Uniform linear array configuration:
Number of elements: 4
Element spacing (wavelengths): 0.5
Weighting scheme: exponential
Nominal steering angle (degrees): -60
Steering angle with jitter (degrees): -60.112
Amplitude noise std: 0.05
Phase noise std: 0.05

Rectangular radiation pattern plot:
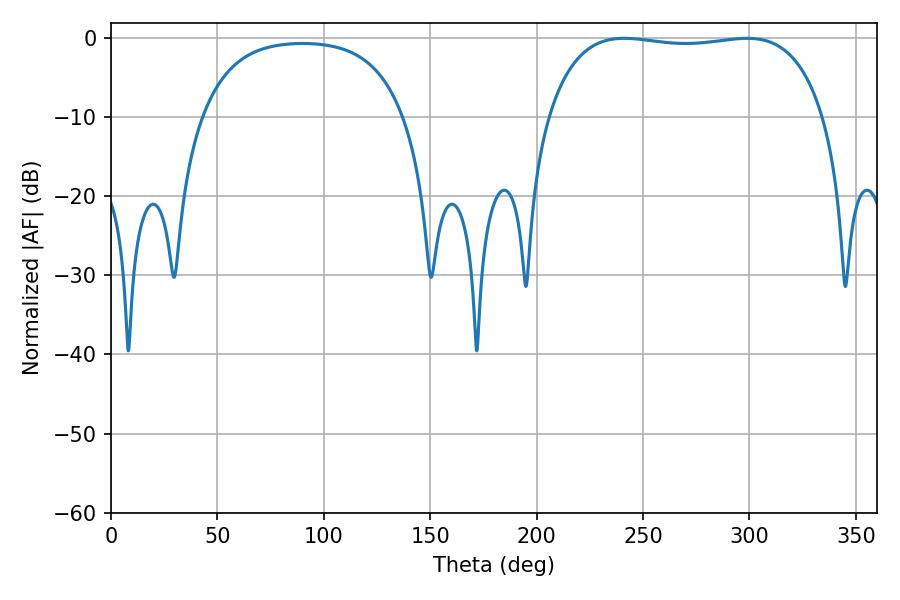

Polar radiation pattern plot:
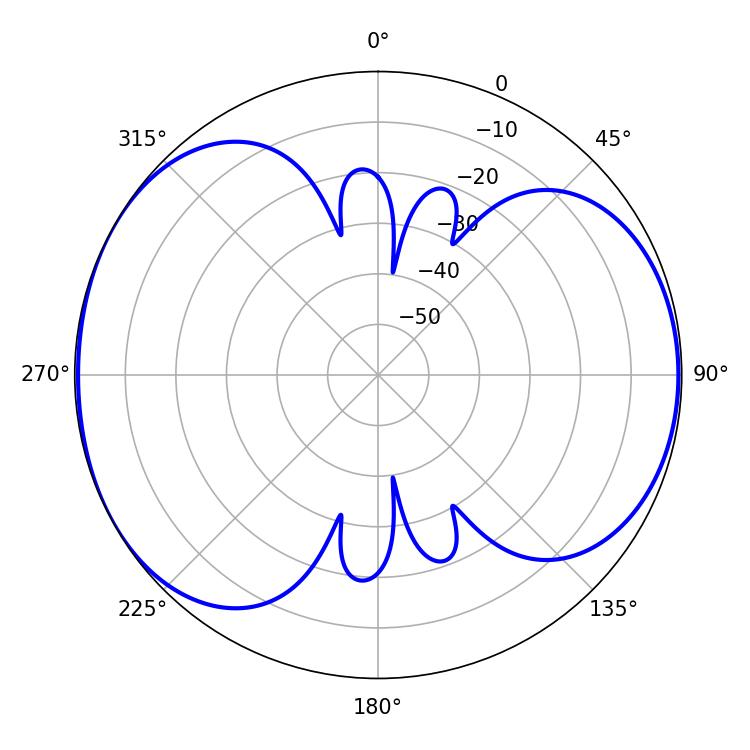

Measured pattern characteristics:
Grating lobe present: FALSE
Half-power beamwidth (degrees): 103.68
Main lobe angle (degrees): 298.8